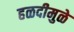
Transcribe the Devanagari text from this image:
हळदीमुळे